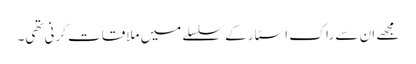
مجھے ان سے راک اسٹار کے سلسلے میں ملاقات کرنی تھی۔